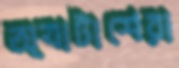
অ্যাটাশেরা